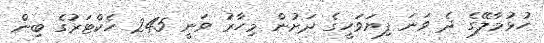
ހުޅުމާލޭގެ ދެ ވަނަ ފިޔަވަހީގެ ދަށުން މިހާރު ވަނީ 245 ހެކްޓަރުގެ ބިން